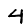
Digit: 4